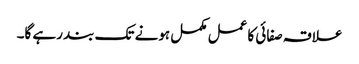
علاقہ صفائی کا عمل مکمل ہونے تک بند رہے گا۔